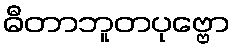
ဓီတာဘူတပုဗ္ဗော